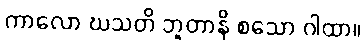
ကာလော ဃသတိ ဘူတာနိ စသော ဂါထာ။